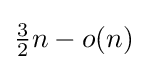
{\tfrac {3}{2}}n-o(n)